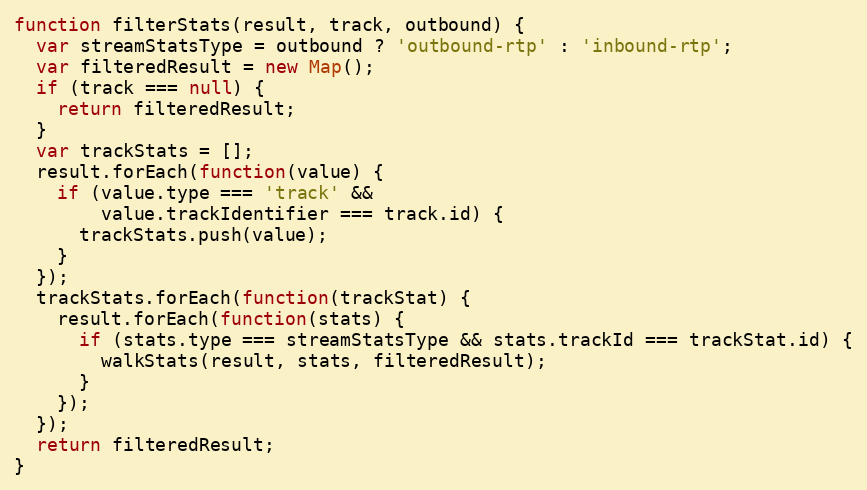
Language: JavaScript
function filterStats(result, track, outbound) {
  var streamStatsType = outbound ? 'outbound-rtp' : 'inbound-rtp';
  var filteredResult = new Map();
  if (track === null) {
    return filteredResult;
  }
  var trackStats = [];
  result.forEach(function(value) {
    if (value.type === 'track' &&
        value.trackIdentifier === track.id) {
      trackStats.push(value);
    }
  });
  trackStats.forEach(function(trackStat) {
    result.forEach(function(stats) {
      if (stats.type === streamStatsType && stats.trackId === trackStat.id) {
        walkStats(result, stats, filteredResult);
      }
    });
  });
  return filteredResult;
}